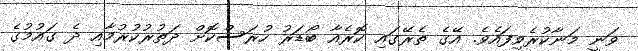
ވަނީ މަނާކުރެވިފައެވެ. އޭގެ ތެރޭގައި ކޮރެއާ ބޯޑަރު ހުރަސްކޮށް ދަތުރުކުރުމާއި ދެ ގައުމުގެ